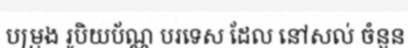
បម្រុង រូបិយប័ណ្ណ បរទេស ដែល នៅសល់ ចំនួន